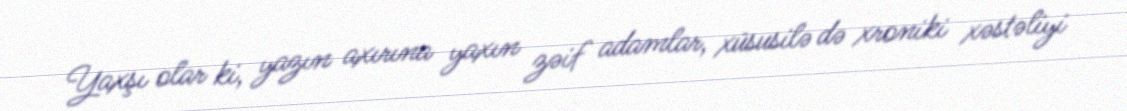
Yaxşı olar ki, yazın axırına yaxın zəif adamlar, xüsusilə də xroniki xəstəliyi